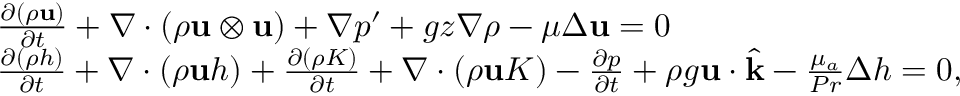
\begin{array} { r l } & { \frac { \partial ( \rho \mathbf u ) } { \partial t } + \nabla \cdot ( \rho \mathbf u \otimes \mathbf u ) + \nabla p ^ { \prime } + g z \nabla \rho - \mu \Delta \mathbf u = \boldsymbol { 0 } } \\ & { \frac { \partial ( \rho h ) } { \partial t } + \nabla \cdot ( \rho \mathbf u h ) + \frac { \partial ( \rho K ) } { \partial t } + \nabla \cdot ( \rho \mathbf u K ) - \frac { \partial p } { \partial t } + \rho g \mathbf u \cdot \widehat { \mathbf k } - \frac { \mu _ { a } } { P r } \Delta h = 0 , } \end{array}